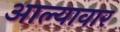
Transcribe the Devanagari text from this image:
आल्यावार